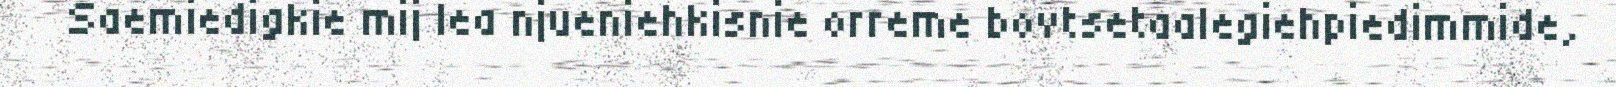
Saemiedigkie mij lea njueniehkisnie orreme bovtsetaalegiehpiedimmide,